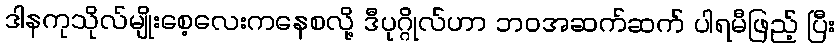
ဒါနကုသိုလ်မျိုးစေ့လေးကနေစလို့ ဒီပုဂ္ဂိုလ်ဟာ ဘဝအဆက်ဆက် ပါရမီဖြည့် ပြီး